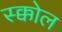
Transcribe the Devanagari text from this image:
स्क्कोल